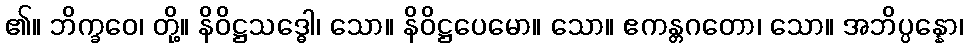
၏။ ဘိက္ခဝေ၊ တို့။ နိဝိဋ္ဌသဒ္ဓေါ၊ သော။ နိဝိဋ္ဌပေမော။ သော။ ဧကန္တဂတော၊ သော။ အဘိပ္ပန္နော၊